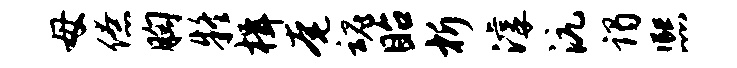
母僚胸疑楫奄魂眙析滹沆谒熙